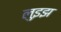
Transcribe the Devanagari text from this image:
लुइझ